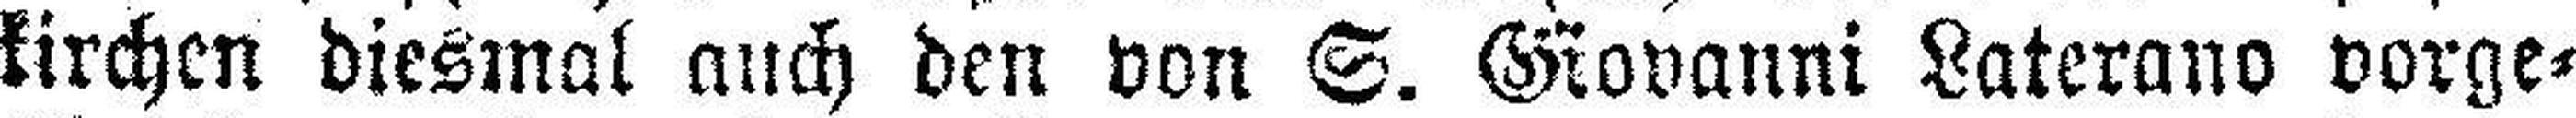
kirchcn diesmal auch den von S. Grovanni Laterans vorge-